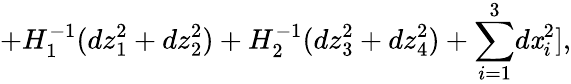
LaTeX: +H_{1}^{-1}(dz_{1}^{2}+dz_{2}^{2})+H_{2}^{-1}(dz_{3}^{2}+dz_{4}^{2})+{\sum_{i=1}^{3}}d\mathit{x}_{i}^{2}],